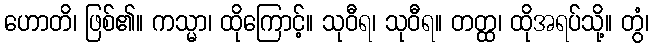
ဟောတိ၊ ဖြစ်၏။ ကသ္မာ၊ ထိုကြောင့်။ သုဝီရ၊ သုဝီရ။ တတ္ထ၊ ထိုအရပ်သို့။ တွံ၊